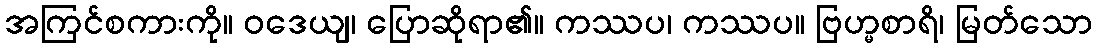
အကြင်စကားကို။ ဝဒေယျ၊ ပြောဆိုရာ၏။ ကဿပ၊ ကဿပ။ ဗြဟ္မစာရိ၊ မြတ်သော